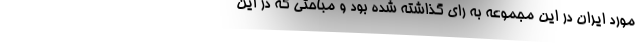
مورد ایران در این مجموعه به رای گذاشته شده بود و مباحثی که در این